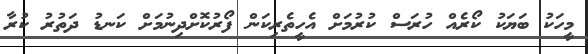
މީހަކު ބަޔަކު ކޯރެއް ހުރަސް ކުރުމަށް އެހީތެރިކަން ފޯރުކޮށްދިނުމަށް ކަނޑު ދަތުރު ކުރާ